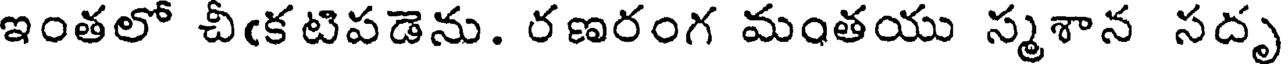
ఇంతలో చీఁకటిపడెను. రణరంగ మంతయు స్మశాన సదృ